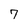
Character: 7